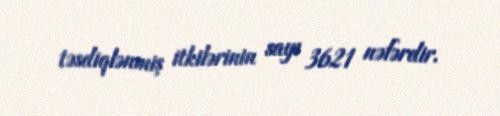
təsdiqlənmiş itkilərinin sayı 3621 nəfərdir.